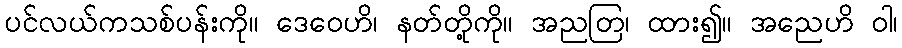
ပင်လယ်ကသစ်ပန်းကို။ ဒေဝေဟိ၊ နတ်တို့ကို။ အညတြ၊ ထား၍။ အညေဟိ ဝါ၊